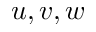
u , v , w